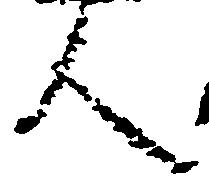
人